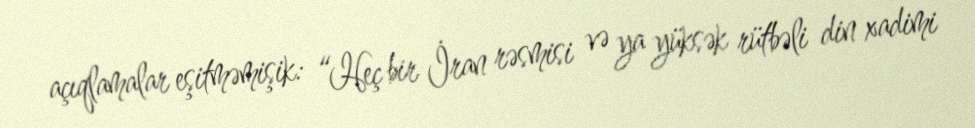
açıqlamalar eşitməmişik: “Heç bir İran rəsmisi və ya yüksək rütbəli din xadimi